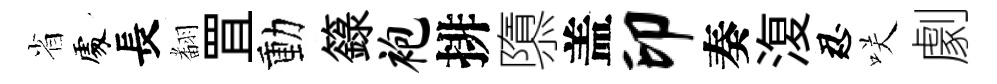
省𠁅長𮋒罝動籙袍排隳盖印奏𣸪忍咲劇